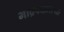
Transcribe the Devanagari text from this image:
भाद्रपदातल्या